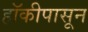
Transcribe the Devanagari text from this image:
हॉकीपासून